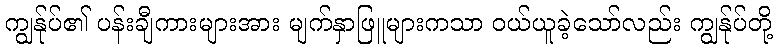
ကျွန်ုပ်၏ ပန်းချီကားများအား မျက်နှာဖြူများကသာ ဝယ်ယူခဲ့သော်လည်း ကျွန်ုပ်တို့